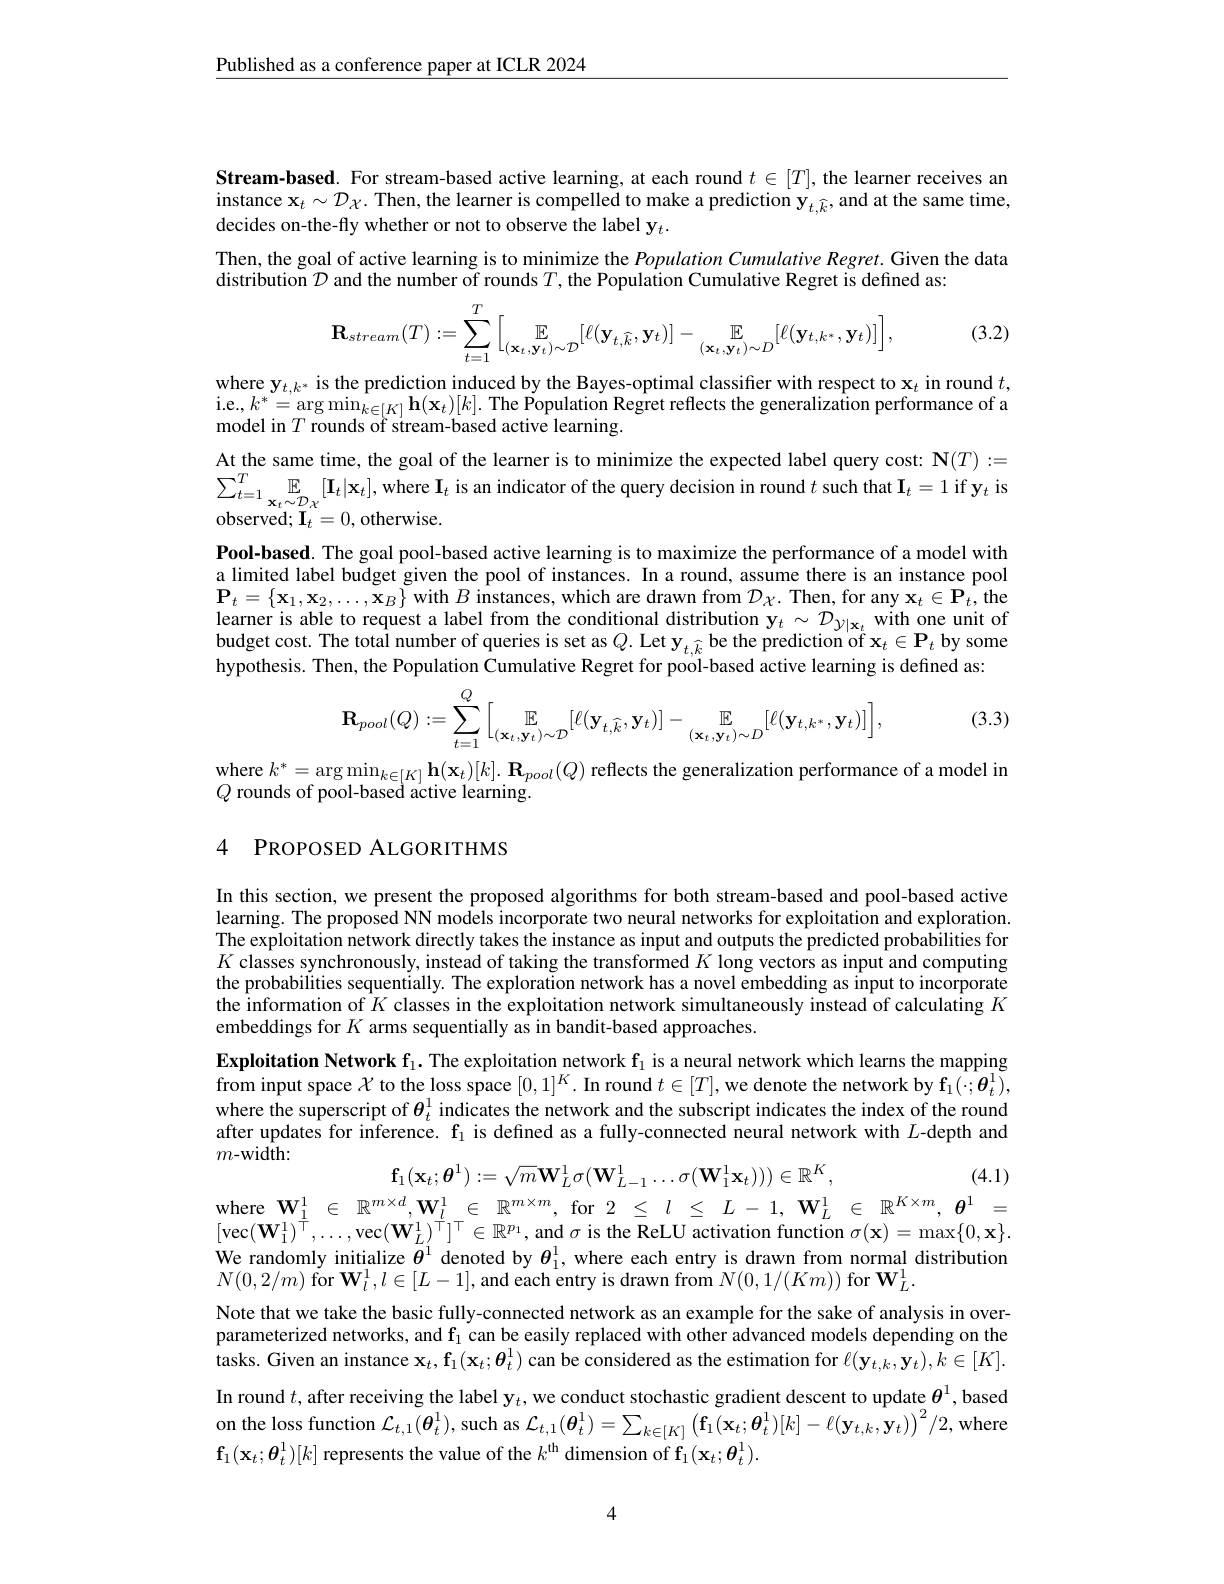
$\underline{\text{Published as a conference paper at ICLR 2024}}$

Stream-based. For stream-based active learning, at each round $t\in[T]$,the learner receives an instance $\mathbf{x} _{t}\sim \mathcal{D} _{\chi }. \text{ Then, the learner is compelled to make a prediction y}_{t, \widehat{k} }$,and at the same time, decides on-the-fly whether or not to observe the label y$_t.$
Then, the goal of active learning is to minimize the Population Cumulative Regret. Given the data
distribution $\mathcal{D}$ and the number of rounds $T$,the Population Cumulative Regret is defined as:

(3.2)
$$\mathbf{R}_{stream}(T):=\sum\limits_{t=1}^T\Big[\underset{(\mathbf{x}_t,\mathbf{y}_t)\sim\mathcal{D}}{\mathbb{E}}[\ell(\mathbf{y}_{t,\widehat{k}},\mathbf{y}_t)]-\underset{(\mathbf{x}_t,\mathbf{y}_t)\sim D}{\mathbb{E}}[\ell(\mathbf{y}_{t,k^*},\mathbf{y}_t)]\Big],$$
$\text{where y}_{t, k^* }\text{ is the prediction induced by the Bayes- optimal classifier with respect to x}_t$ in round $t$, i a $l_{s}^* =$ans min bin $( \mathbf{x} _{s}) ^{[ l] }\text{ Tha Denulotian Bornat aflocto tha annondintion anforect to x}_t$ in round $t$, i.e.$,k^*=\arg\min_{k\in[K]}\mathbf{h}(\mathbf{x}_t)[k].$ The Population Regret reflects the generalization performance of a model in $T$ rounds of stream-based active learning.

At the same time, the goal of the learner is to minimize the expected label query cost: $\mathbf{N}(T):=$ $\sum _{t= 1}^{T}\mathbb{E} _{\mathbf{x} _{t}\sim \mathcal{D} _{\chi }}[ \mathbf{I} _{t}| \mathbf{x} _{t}] , \mathrm{where~I}_{t}$ is an indicator of the query decision in round $t\mathrm{~such~that~I}_{t}= 1\mathrm{~if~y}_{t}$ is $\mathrm{observed; ~I}_{t}= 0$, otherwise. Pool-based. The goal pool-based active learning is to maximize the performance of a model with a limited label budget given the pool of instances. In a round, assume there is an instance pool $\mathbf{P}_{t}=\{\mathbf{x}_{1},\mathbf{x}_{2},\ldots,\mathbf{x}_{B}\}$ with $B$ instances, which are drawn from $\mathcal{D}_{\chi}.$ Then, for any $\mathbf{x}_{t}\in\mathbf{P}_{t}$,the learner is able to request a label from the conditional distribution $\mathbf{y}_t\sim\mathcal{D}_{y|\mathbf{x}_t}$ with one unit of budget cost. The total number of queries is set as $Q.$ Let y$_t,\widehat{k}$ be the prediction of $\mathbf{x}_t\in\mathbf{P}_t$ by some hypothesis. Then, the Population Cumulative Regret for pool-based active learning is defined as:

(3.3)
$$\mathbf{R}_{pool}(Q):=\sum\limits_{t=1}^Q\Big[\underset{(\mathbf{x}_t,\mathbf{y}_t)\sim\mathcal{D}}{\mathbb{E}}[\ell(\mathbf{y}_{t,\widehat{k}},\mathbf{y}_t)]-\underset{(\mathbf{x}_t,\mathbf{y}_t)\sim D}{\mathbb{E}}[\ell(\mathbf{y}_{t,k^*},\mathbf{y}_t)]\Big],$$
where $k^* = \arg \min _{k\in [ K] }\mathbf{h} ( \mathbf{x} _t) [ k] . \mathbf{R} _{pool}( Q)$ reflects the generalization performance of a model in O
$Q$ rounds of pool-based active learning.

### 4 PROPOSED ALGORITHMS

In this section, we present the proposed algorithms for both stream-based and pool-based active learning. The proposed NN models incorporate two neural networks for exploitation and exploration. The exploitation network directly takes the instance as input and outputs the predicted probabilities for $K$ classes synchronously, instead of taking the transformed $K$ long vectors as input and computing the probabilities sequentially. The exploration network has a novel embedding as input to incorporate the information of $\hat{K}$ classes in the exploitation network simultaneously instead of calculating $K$ embeddings for $K$ arms sequentially as in bandit-based approaches.
Exploitation Network f$_1.$ The exploitation network $\mathbf{f}_1$ is a neural network which learns the mapping from input space $\chi$ to the loss space $[0,1]^K.$ In round $t\in[T]$,we denote the network by $\mathbf{f}_1(;\boldsymbol{\theta}_t^1)$, where the superscript of $\theta_t^1$ indicates the network and the subscript indicates the index of the round after updates for inference. $\mathbf{f}_1$ is defined as a fully-connected neural network with $L$-depth and $m$-width:
$$\mathbf{f}_{1}(\mathbf{x}_{t};\boldsymbol{\theta}^{1}):=\sqrt{m}\mathbf{W}_{L}^{1}\sigma(\mathbf{W}_{L-1}^{1}\ldots\sigma(\mathbf{W}_{1}^{1}\mathbf{x}_{t})))\in\mathbb{R}^{K},$$
where $\mathbf{W}_{\frac1{1}}^{1}\in\mathbb{R}^{m\times d},\mathbf{W}_{l}^{1}\in\mathbb{R}^{m\times m}$, for $2\leq l\leq L-1,\mathbf{W}_{L}^{1}\in\mathbb{R}^{K\times m},\boldsymbol{\theta}^{1}=$

(4.1)

$[\operatorname{vec}(\mathbf{W}_{1}^{1})^{\dagger},\ldots,\operatorname{vec}(\mathbf{W}_{L}^{\prime})^{\dagger}]^{\top}\in\mathbb{R}^{p_{1}}$, and $\sigma$ is the ReLU activation function $\sigma(\mathbf{x})=\max\{0,\mathbf{x}\}.$

We randomly initialize $\theta^1$ denoted by $\theta_1^1$, where each entry is drawn from normal distribution
$N(0,2/m){\mathrm{~for~}\mathbf{W}}_{l}^{1},l\in[L-1],{\mathrm{~and~each~entry~is~drawn~from~}}N(0,1/(Km)){\mathrm{~for~}\mathbf{W}}_{L}^{1}.$
Note that we take the basic fully-connected network as an example for the sake of analysis in overparameterized networks, and $\mathbf{f}_1$ can be easily replaced with other advanced models depending on the tasks. Given an instance $x_{t}$, $f_{1}$( $x_{t}$; $\theta _{t}^{1}$) can be considered as the estimation for $\ell ( \mathbf{y} _{t, k}, \mathbf{y} _{t}) , k\in [ K] .$ In round $t$, after receiving the label $\mathbf{y}_t$, we conduct stochastic gradient descent to update $\boldsymbol\theta^1$, based on the loss function $\mathcal{L}_t,1(\boldsymbol{\theta}_t^1)$, such as $\mathcal{L}_t,1(\boldsymbol{\theta}_t^1)=\sum_{k\in[K]}\left(\mathbf{f}_1(\mathbf{x}_t;\boldsymbol{\theta}_t^1)[k]-\ell(\mathbf{y}_{t,k},\mathbf{y}_t)\right)^2/2$,where $\mathbf{f}_{1}(\mathbf{x}_{t};\boldsymbol{\theta}_{t}^{1})[k]$ represents the value of the $k^\mathrm{th}$ dimension of $\mathbf{f}_{1}(\mathbf{x}_{t};\boldsymbol{\theta}_{t}^{1}).$

4